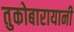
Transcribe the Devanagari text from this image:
तुकोबारायानी